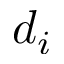
d _ { i }